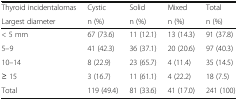
<table><thead><tr><td><b>Thyroid incidentalomas</b></td><td><b>Cystic</b></td><td><b>Solid</b></td><td><b>Mixed</b></td><td><b>Total</b></td></tr><tr><td><b>Largest diameter</b></td><td><b>n (%)</b></td><td><b>n (%)</b></td><td><b>n (%)</b></td><td><b>n (%)</b></td></tr></thead><tbody><tr><td>&lt; 5 mm</td><td>67 (73.6)</td><td>11 (12.1)</td><td>13 (14.3)</td><td>91 (37.8)</td></tr><tr><td>5–9</td><td>41 (42.3)</td><td>36 (37.1)</td><td>20 (20.6)</td><td>97 (40.3)</td></tr><tr><td>10–14</td><td>8 (22.9)</td><td>23 (65.7)</td><td>4 (11.4)</td><td>35 (14.5)</td></tr><tr><td>≥ 15</td><td>3 (16.7)</td><td>11 (61.1)</td><td>4 (22.2)</td><td>18 (7.5)</td></tr><tr><td>Total</td><td>119 (49.4)</td><td>81 (33.6)</td><td>41 (17.0)</td><td>241 (100)</td></tr></tbody></table>